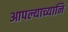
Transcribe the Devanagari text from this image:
आपल्याच्यानि